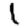
Digit: 1